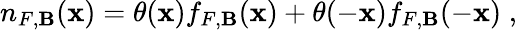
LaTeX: n_{F,\mathbf{B}}(\mathbf{x})=\theta(\mathbf{x})f_{F,\mathbf{B}}(\mathbf{x})+\theta(-\mathbf{x})f_{F,\mathbf{B}}(-\mathbf{x})\; ,